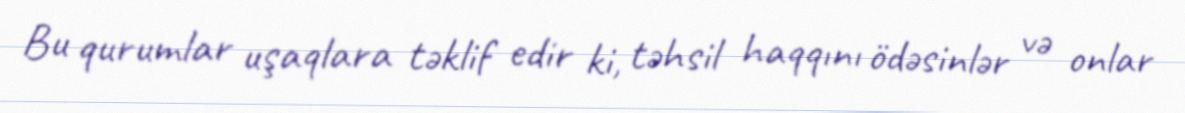
Bu qurumlar uşaqlara təklif edir ki, təhsil haqqını ödəsinlər və onlar